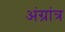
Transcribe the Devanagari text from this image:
अंग्रांत्र